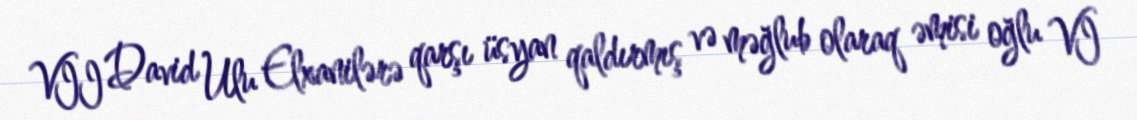
VII David Ulu Elxanilərə qarşı üsyan qaldırmış və məğlub olaraq əmisi oğlu VI